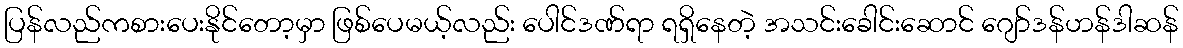
ပြန်လည်ကစားပေးနိုင်တော့မှာ ဖြစ်ပေမယ့်လည်း ပေါင်ဒဏ်ရာ ရရှိနေတဲ့ အသင်းခေါင်းဆောင် ဂျော်ဒန်ဟန်ဒါဆန်